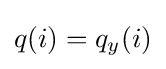
q(i)=q_{y}(i)